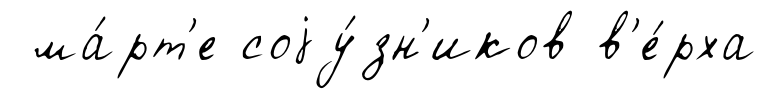
ма́рт'е соjу́зн'иков в'е́рха